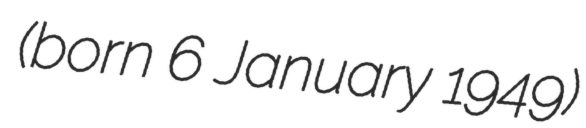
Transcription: (born 6 January 1949)